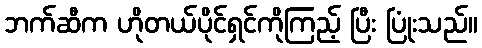
ဘက်ဆီက ဟိုတယ်ပိုင်ရှင်ကိုကြည့် ပြီး ပြုံးသည်။